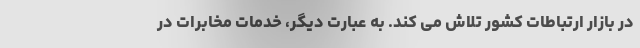
در بازار ارتباطات کشور تلاش می کند. به عبارت دیگر، خدمات مخابرات در